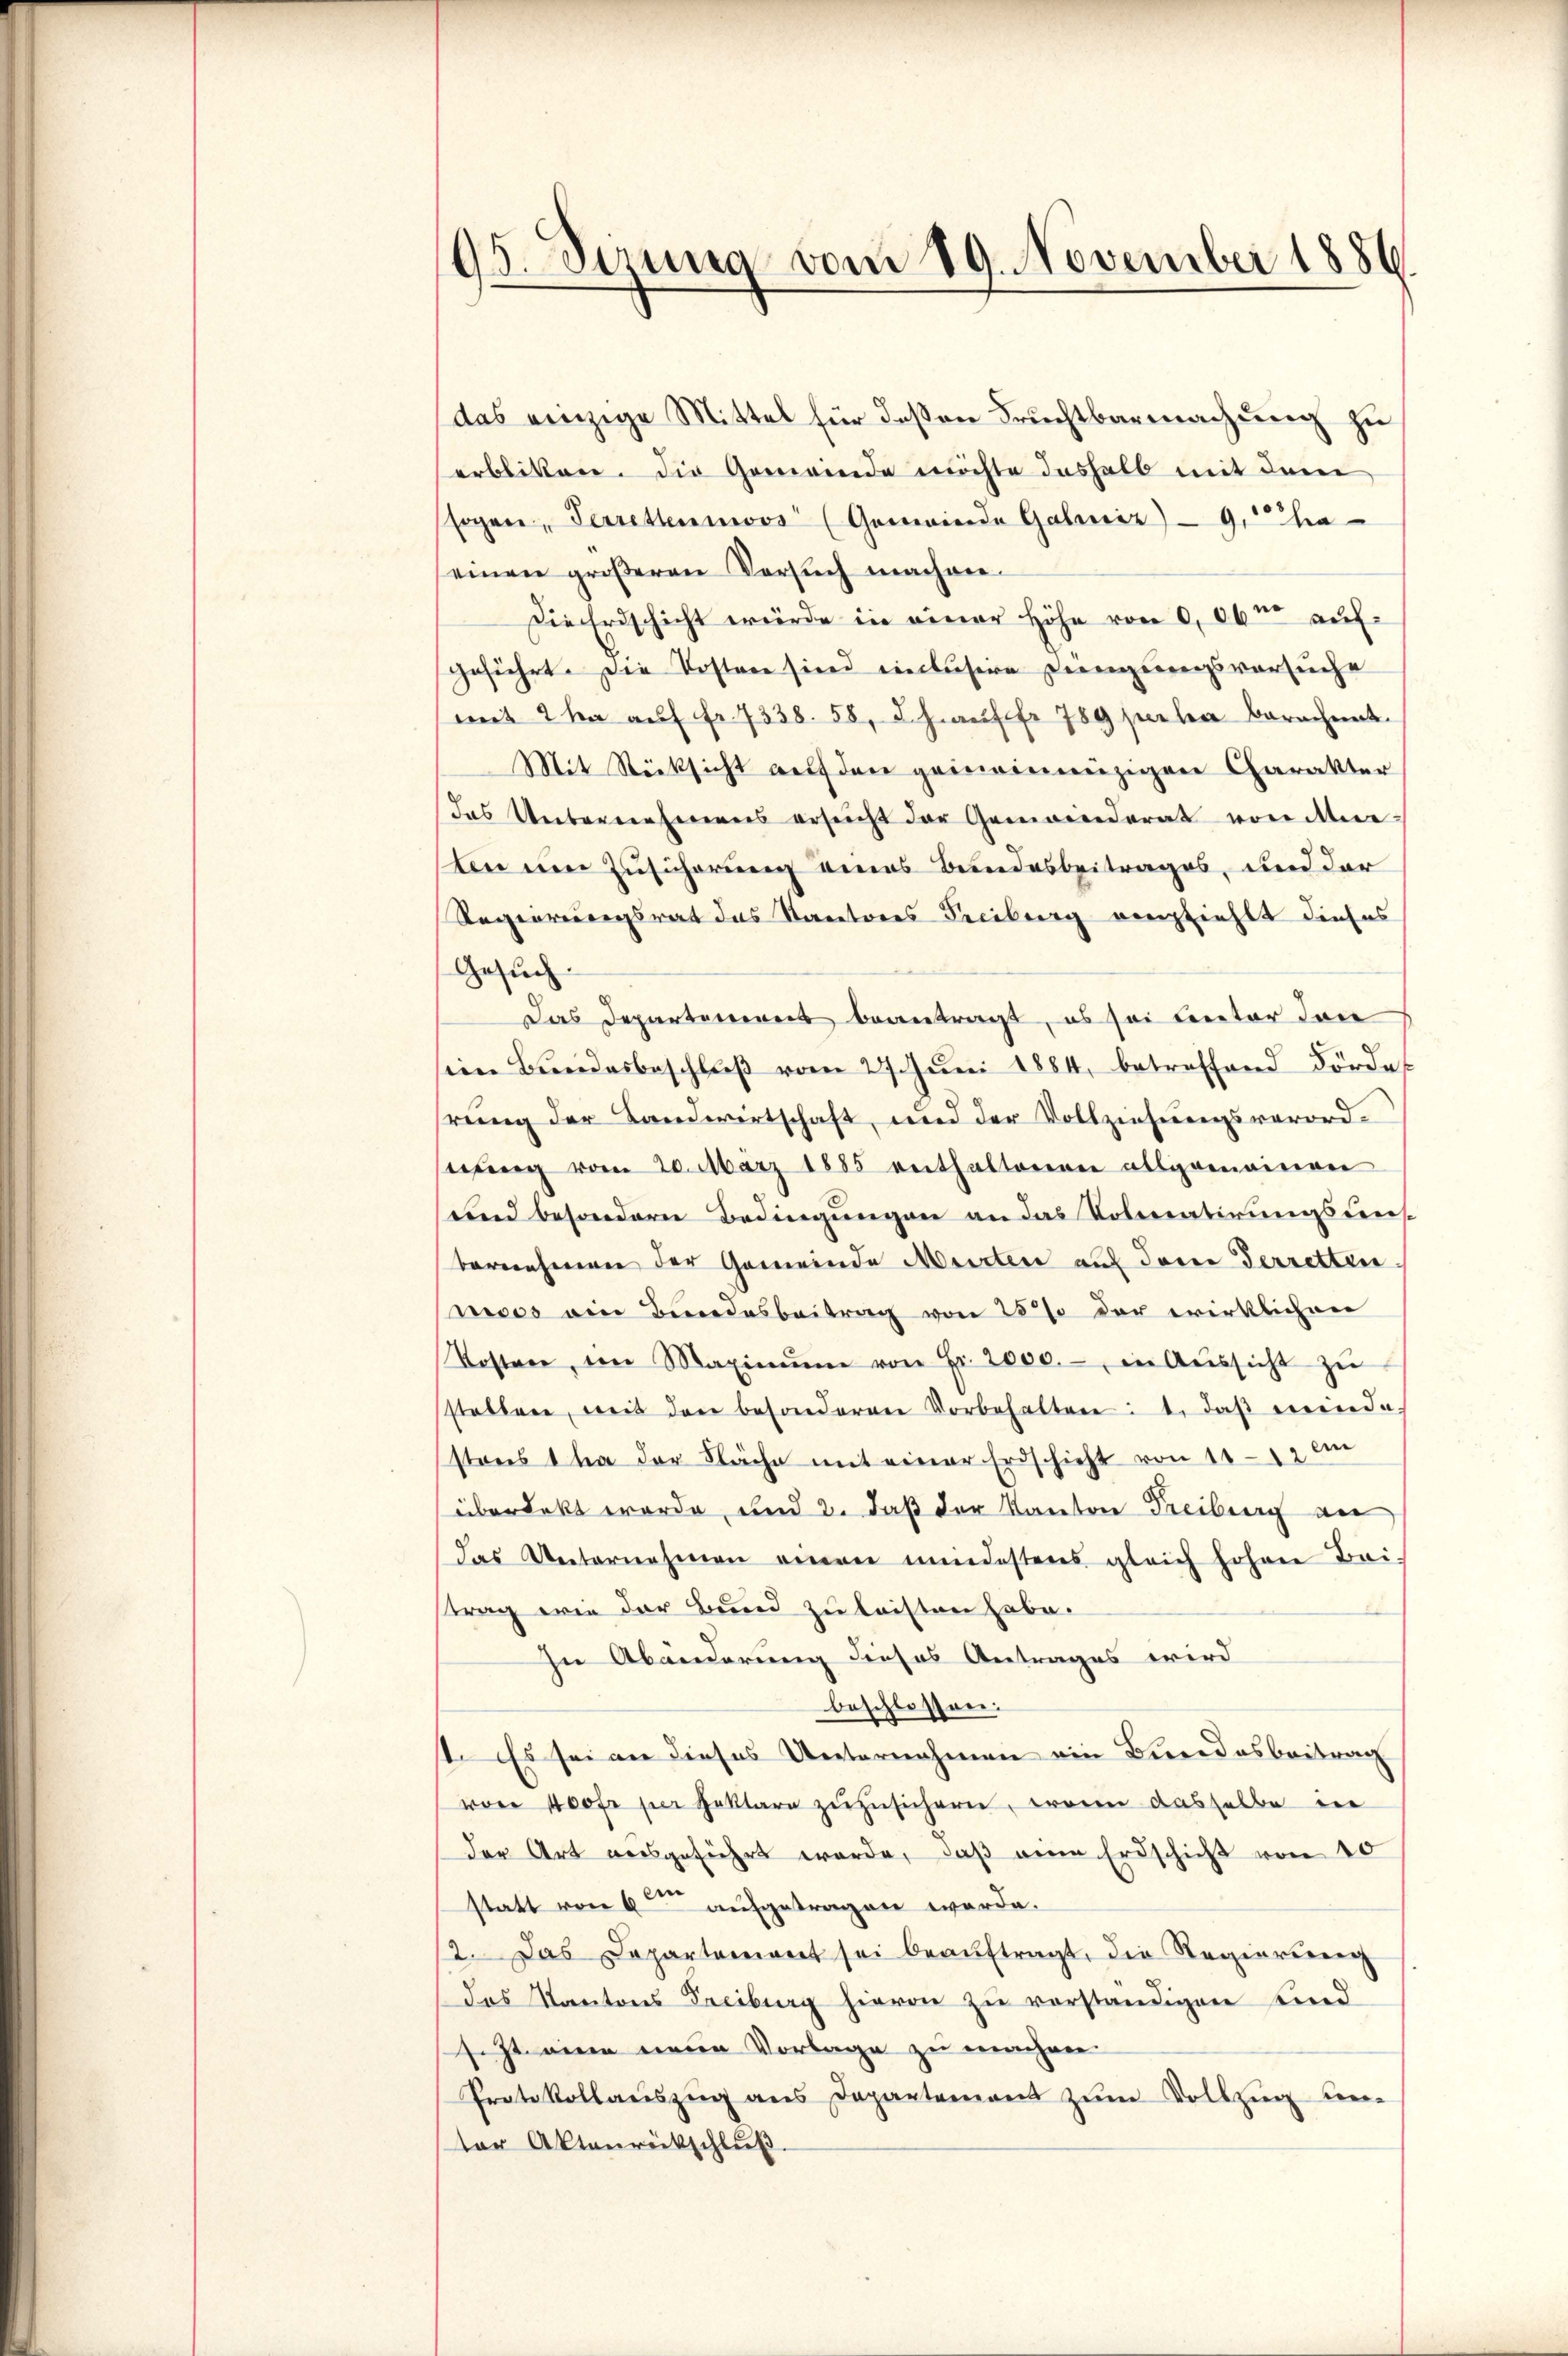
195. Dezung vom 19. November 1886.

das einzige Mittel für deßen Fruchtbarmachung zu
erbliken. Die Gemeinde möchte deshalb mit dem
sogen Perrettenmoos (Gemeinde Garnir - 9. ha
einen größeren Versuch machen¬
Die Erdschicht würde in einer Höhe von 0,06m aufgeführt. Die Kosten sind einlusive Dingungsversuche
mit 2 ha auf Fr. 7338. 58, d. hauff 789 suchen Berechnet.
Mit Rücksicht auf den gemeinnüzigen Charakter
Das Uebernehmens ersucht der Gemeinderat von itten
ten um Zusicherung eines Bundesbeitrages, und der
Regierungsrat das Stantones Freiburg verfiehlt dieses
Gesuch
Das Departement beantragt, es sei unter den
sein Bundesbeschlŭβ vom 27. Jŭni 1884, betreffend Förde
rung der Landwirtschaft, und der Vollziehungsverordstŭng vom 20. März 1885 enthaltorenen allgomainen
und besondern Bedingungen an das Volmatirungsdens-
bernehmen der Gemeinde Meirten auf dem Verretten
neces ein Bundesbeitrag von 25% der wirklichen
Kostere in Maximŭm von Fr. 2000.- in Aŭssicht zŭ
stellen, mit den besonderen Vorbehalten: 1. daß minde
stens 1 ha der Fläche mit einer Erdschicht von 10-12 im
überdikt worde, und 2. daß der Kanton Freiburg an
das Unternehmen einen mindestens gleich hohen Bai-
trag wie der Bund zu leisten habe.
In Abänderung dieses Antrages wird
beschlossen:
I. Es sei an dieses Unternehmen ein Bundesbeitrag
von 400 fr per geklare zŭzŭsichern, wenn dasselbe in
der Art ausgeführt werde, daß eine Erdschicht von 10
statt von 6 aufgetragen werde.
2. Das Departement sei beaŭftragt, die Regierung
Das Kantons Freiburg hievon zu vorständigen Kind
seht eine neue Vorlage zu machen.
Protokollaŭszŭg ans Departement zŭm Vollzŭg ver-
ter Aktenrückschluß.